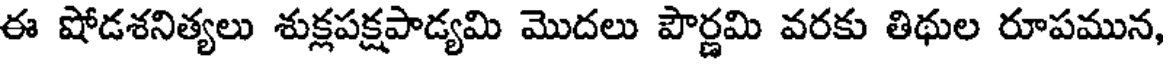
ఈ షోడశనిత్యలు శుక్లపక్షపాడ్యమి మొదలు పౌర్ణమి వరకు తిథుల రూపమున,